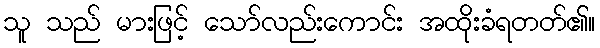
သူ သည် မားဖြင့် သော်လည်းကောင်း အထိုးခံရတတ်၏။